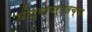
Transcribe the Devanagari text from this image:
घोट्यापर्यंतच्या